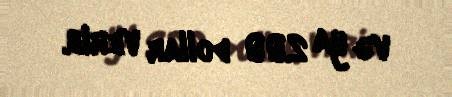
və ya 200 dollar verib.